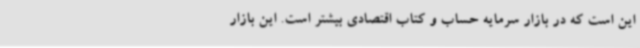
این است که در بازار سرمایه حساب و کتاب اقتصادی بیشتر است. این بازار